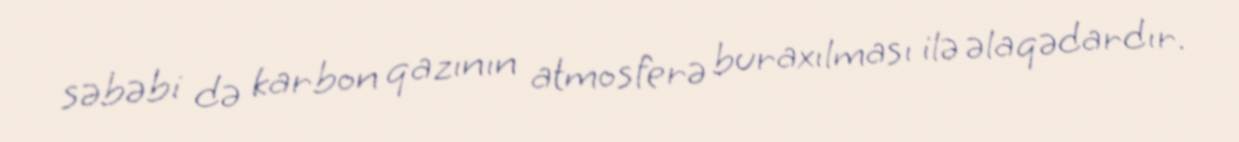
səbəbi də karbon qazının atmosferə buraxılması ilə əlaqədardır.